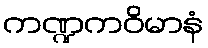
ကဏ္ဍကဝိမာနံ